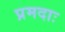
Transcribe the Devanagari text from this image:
प्रमदाः